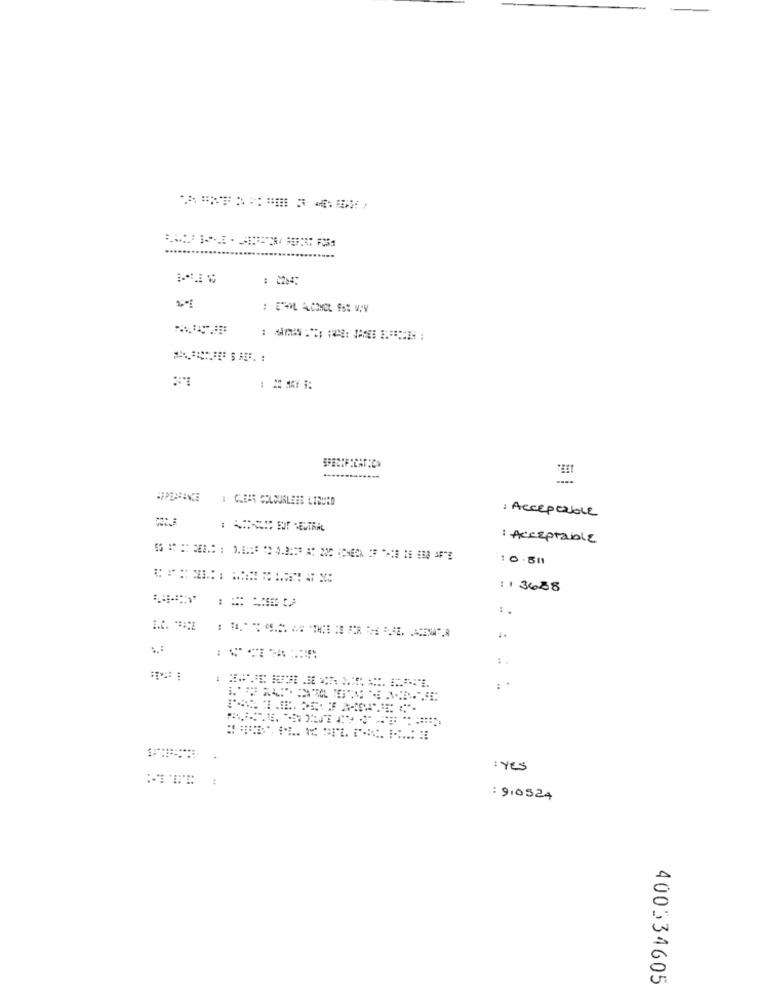
CLIPS COLOURLESS LIBURD
: ACCEPTABLE
: Acceptable
10.311
11 3638
:.
I.C. **::
:
: Yes
: 910324
400334605